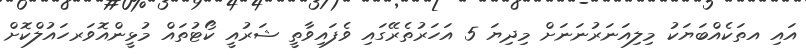
އައި އތަކެއްބަޔަކު މިލިއަނަރުނަނަށް މިދިޔަ 5 އަހަރުތެރޭގައި ވެފައިވާތީ ޝަރުއީ ކޯޓުތައް މުޅީންއޮވަރހައުލްކޮށް